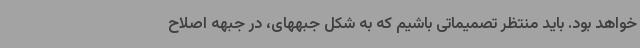
خواهد بود. باید منتظر تصمیماتی باشیم که به شکل جبههای، در جبهه اصلاح